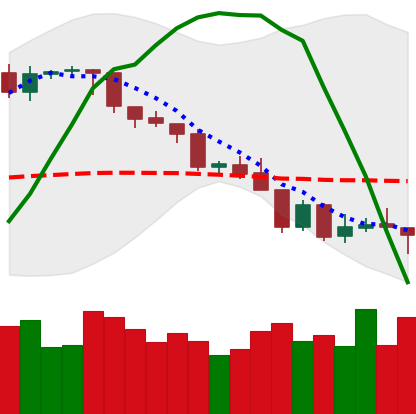
Ticker: BTC-USD
Chart end date: 2018-08-14
Forward return: 4.942%
Label: up_3_5